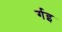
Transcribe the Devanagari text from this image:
र्गइ